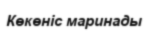
Көкөніс маринады